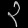
Digit: ၃